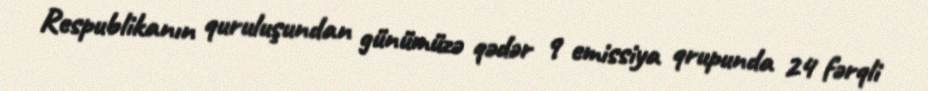
Respublikanın quruluşundan günümüzə qədər 9 emissiya qrupunda 24 fərqli